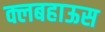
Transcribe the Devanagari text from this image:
क्लबहाऊस